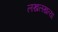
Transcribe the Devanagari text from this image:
लखलखत्या